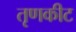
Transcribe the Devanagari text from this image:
तृणकीट